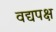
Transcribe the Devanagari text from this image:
वद्यपक्ष